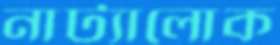
নাট্যালোক